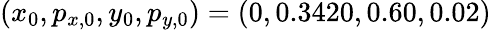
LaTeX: (x_{0},p_{x,0},y_{0},p_{y,0})=(0,0.3420,0.60,0.02)